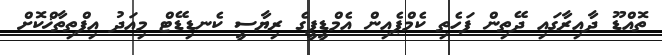
ތޮއްޑޫ ދާއިރާގައި ދޭތިން ފަހެތި ކެމްޕެއިން އެމްޑީޕީގެ ރިޔާސީ ކެނޑިޑޭޓް މިއަދު އިފްތިތާޚްކޮށް